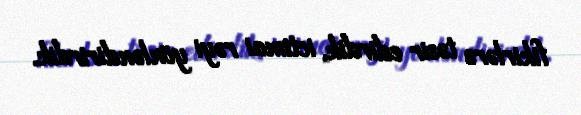
fikirlərə təsir edirdik, ictimai rəyi yönləndirirdik.